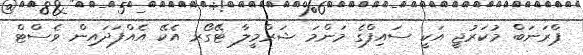
ޕްރަނަބް މުކަރުޖީ އަކީ ސައިފްގެ މަންމަ ޝަރްމީލާ ޓޭގޯރ އެކޭ އެއްފަދައިން ވެސްޓް